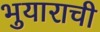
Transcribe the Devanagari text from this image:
भुयाराची